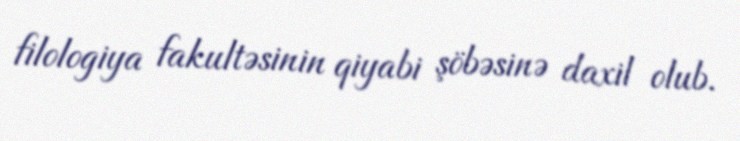
filologiya fakultəsinin qiyabi şöbəsinə daxil olub.